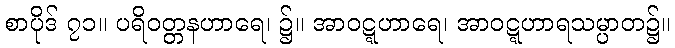
စာပိုဒ် ၇၁။ ပရိဝတ္တနဟာရေ၊ ၌။ အာဝဋ္ဋဟာရေ၊ အာဝဋ္ဋဟာရသမ္ပာတ၌။